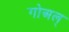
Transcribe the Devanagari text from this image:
गोअल्